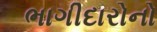
ભાગીદારોનો